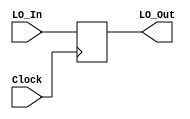
module LO_Register(Clock, LO_In, LO_Out);
input [31:0] LO_In;
input Clock;
reg [31:0]LO;
output [31:0] LO_Out;

always @(posedge Clock)
    begin
        LO <= LO_In; 
    end 
assign LO_Out = LO;
endmodule